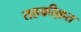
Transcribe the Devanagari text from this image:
तहकीक़त